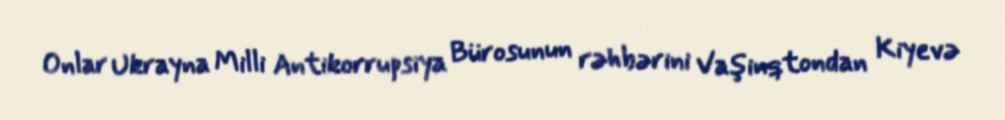
Onlar Ukrayna Milli Antikorrupsiya Bürosunun rəhbərini Vaşinqtondan Kiyevə